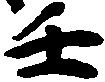
壬